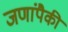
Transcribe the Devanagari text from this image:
जणांपैकी